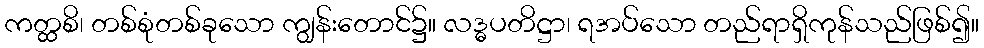
ကတ္ထစိ၊ တစ်စုံတစ်ခုသော ကျွန်းတောင်၌။ လဒ္ဓပတိဋ္ဌာ၊ ရအပ်သော တည်ရာရှိကုန်သည်ဖြစ်၍။